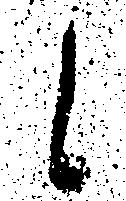
候